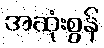
အဆုံးစွန်